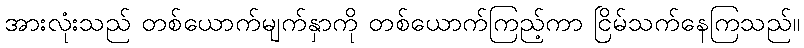
အားလုံးသည် တစ်ယောက်မျက်နှာကို တစ်ယောက်ကြည့်ကာ ငြိမ်သက်နေကြသည်။